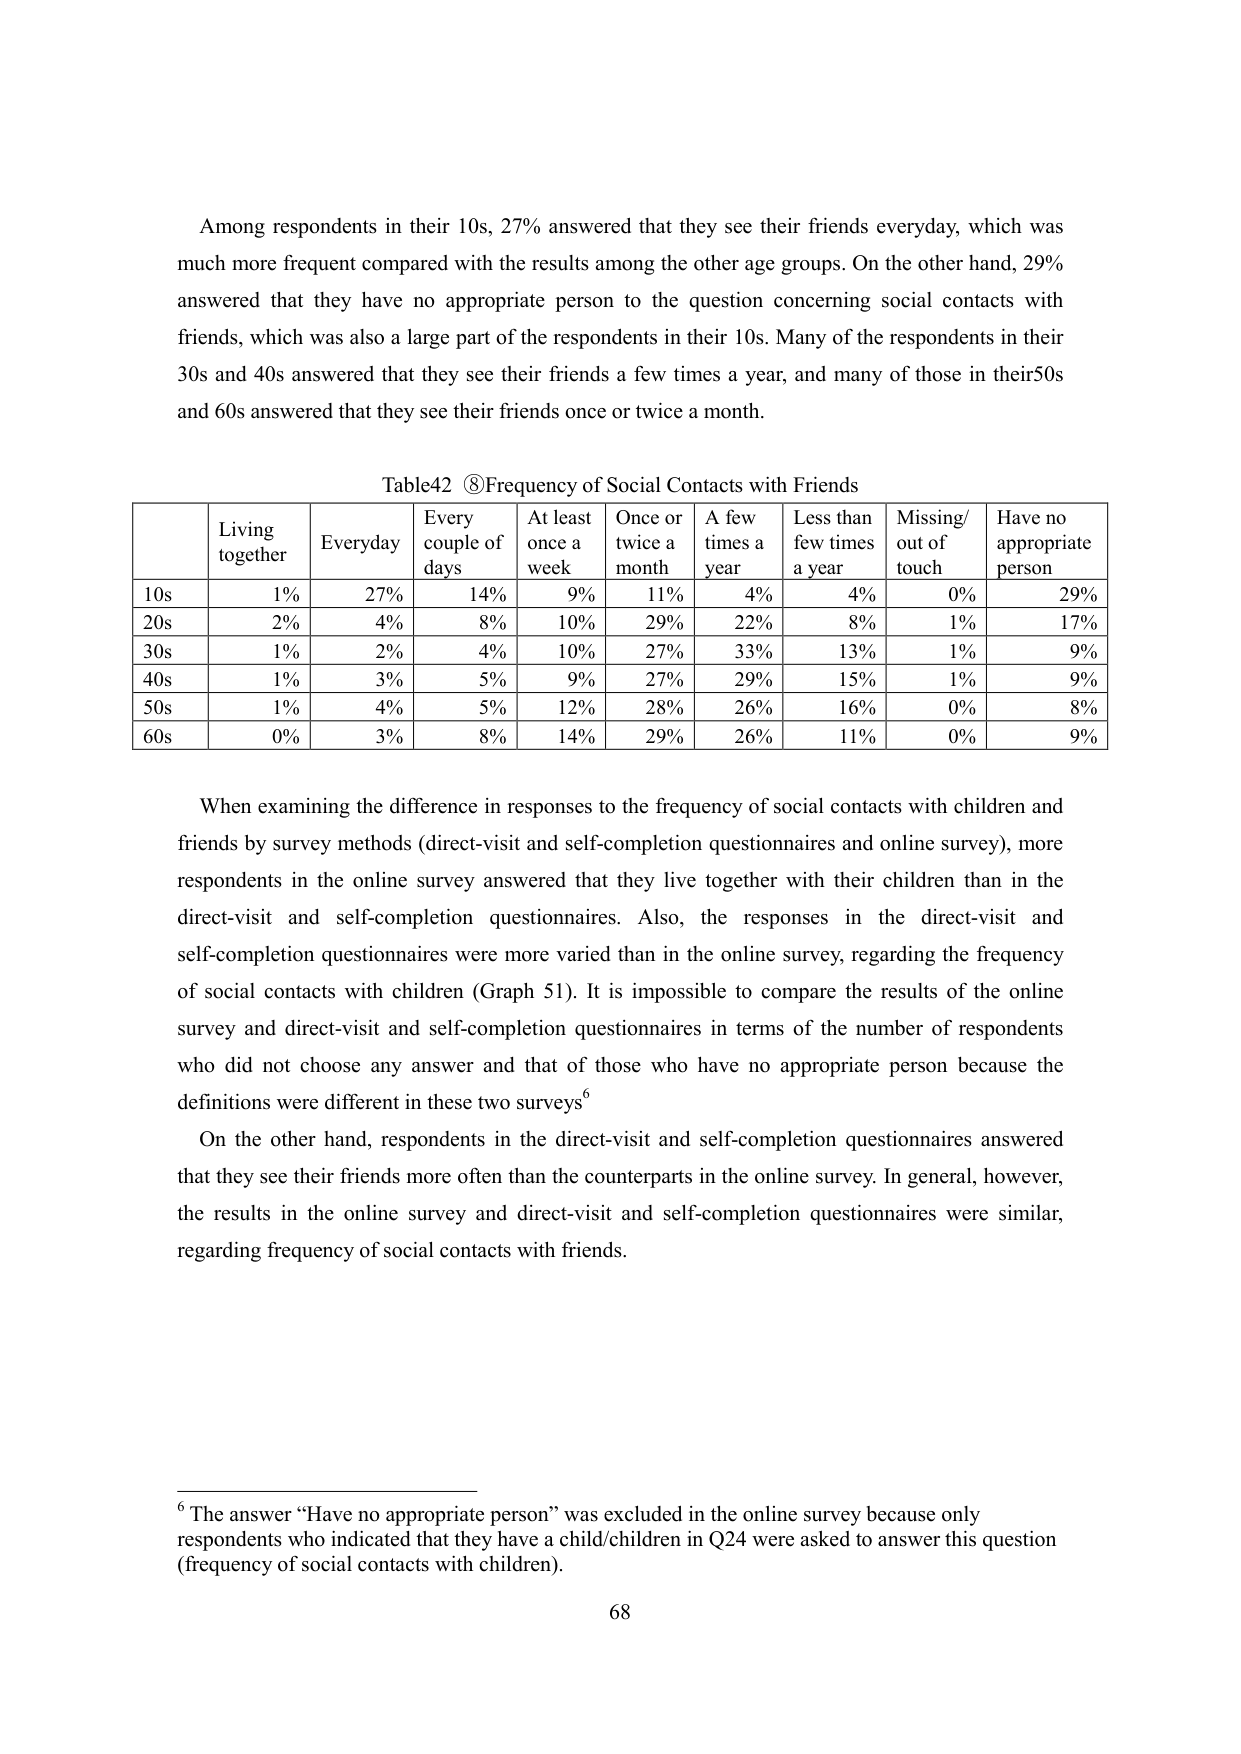
Among respondents in their 10s, 27% answered that they see their friends everyday, which was much more frequent compared with the results among the other age groups. On the other hand, 29% answered that they have no appropriate person to the question concerning social contacts with friends, which was also a large part of the respondents in their 10s. Many of the respondents in their 30s and 40s answered that they see their friends a few times a year, and many of those in their 50s and 60s answered that they see their friends once or twice a month.

Table42 ⑧Frequency of Social Contacts with Friends

| | Living together | Everyday | Every couple of days | At least once a week | Once or twice a month | A few times a year | Less than few times a year | Missing/ out of touch | Have no appropriate person |
|---|---|---|---|---|---|---|---|---|---|
| 10s | 1% | 27% | 14% | 9% | 11% | 4% | 4% | 0% | 29% |
| 20s | 2% | 4% | 8% | 10% | 29% | 22% | 8% | 1% | 17% |
| 30s | 1% | 2% | 4% | 10% | 27% | 33% | 13% | 1% | 9% |
| 40s | 1% | 3% | 5% | 9% | 27% | 29% | 15% | 1% | 9% |
| 50s | 1% | 4% | 5% | 12% | 28% | 26% | 16% | 0% | 8% |
| 60s | 0% | 3% | 8% | 14% | 29% | 26% | 11% | 0% | 9% |

When examining the difference in responses to the frequency of social contacts with children and friends by survey methods (direct-visit and self-completion questionnaires and online survey), more respondents in the online survey answered that they live together with their children than in the direct-visit and self-completion questionnaires. Also, the responses in the direct-visit and self-completion questionnaires were more varied than in the online survey, regarding the frequency of social contacts with children (Graph 51). It is impossible to compare the results of the online survey and direct-visit and self-completion questionnaires in terms of the number of respondents who did not choose any answer and that of those who have no appropriate person because the definitions were different in these two surveys⁶

On the other hand, respondents in the direct-visit and self-completion questionnaires answered that they see their friends more often than the counterparts in the online survey. In general, however, the results in the online survey and direct-visit and self-completion questionnaires were similar, regarding frequency of social contacts with friends.

⁶ The answer “Have no appropriate person” was excluded in the online survey because only respondents who indicated that they have a child/children in Q24 were asked to answer this question (frequency of social contacts with children).

68